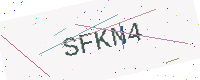
Text: SFKN4